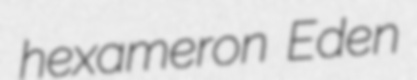
hexameron Eden